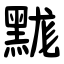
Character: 䵨